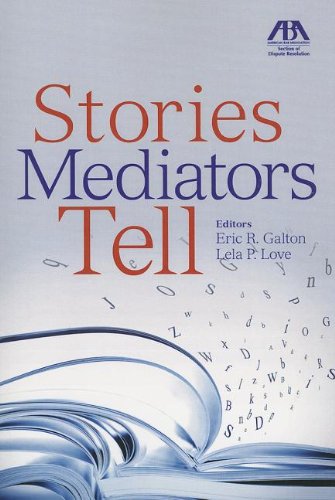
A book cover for Stories Mediators Tell; Eric R. Galton; Law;